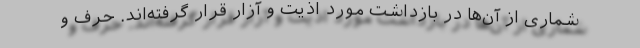
شماری از آن‌ها در بازداشت مورد اذیت و آزار قرار گرفته‌اند. حرف و